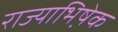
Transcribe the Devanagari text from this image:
राज्याभिषे़क